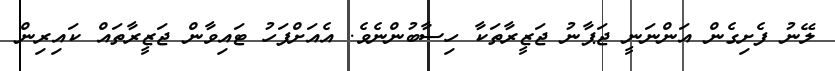
ލޭނު ފެށިގެން އަންނަނީ ޖަޕާނު ޖަޒީރާތަކާ ހިސާބުންނެވެ. އެއަށްފަހު ޓައިވާން ޖަޒީރާތައް ކައިރިން